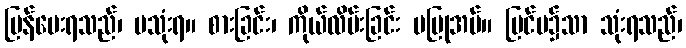
ပြန်ပေးရသည်၊ မသုံးရ။ စားခြင်း၊ ကိုယ်လိမ်းခြင်း မပြုအပ်။ ပြင်ပ၌သာ သုံးရသည်၊